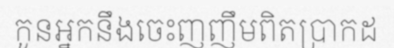
កូនអ្នកនឹងចេះញញឹមពិតប្រាកដ